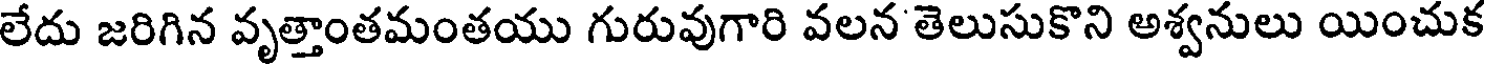
లేదు జరిగిన వృత్తాంతమంతయు గురువుగారి వలన తెలుసుకొని అశ్వనులు యించుక